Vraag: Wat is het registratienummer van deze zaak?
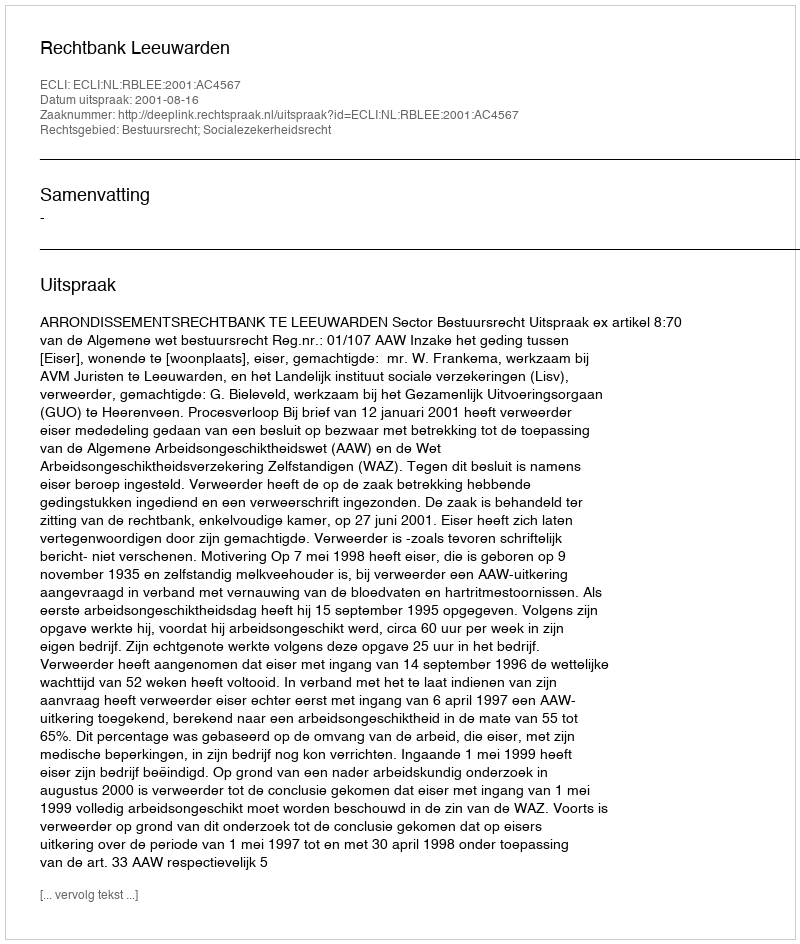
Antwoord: http://deeplink.rechtspraak.nl/uitspraak?id=ECLI:NL:RBLEE:2001:AC4567